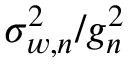
\sigma _ { w , n } ^ { 2 } / g _ { n } ^ { 2 }